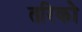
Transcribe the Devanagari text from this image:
तरिको